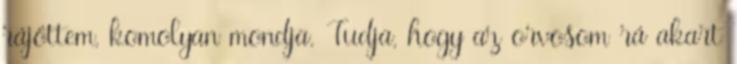
rájöttem, komolyan mondja. Tudja, hogy az orvosom rá akart